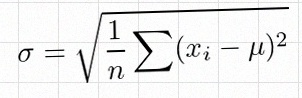
\sigma=\sqrt{\frac1n\sum(x_i-\mu)^2}